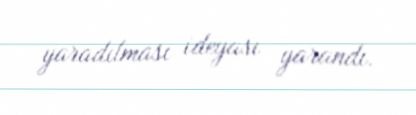
yaradılması ideyası yarandı.